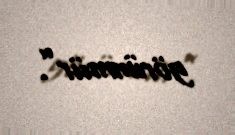
görünmür”.